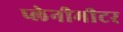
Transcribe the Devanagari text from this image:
प्लेनीमीटर